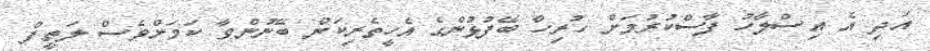
އަދި އެ އިސްލާހު ފާސްކުރުމަށް ހުރިހާ ބޭފުޅުންގެ އެހީތެރިކަން ބޭނުންވާ ކަމަށްވެސް ލަތީފް